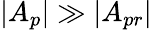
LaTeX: |A_{p}|\gg|A_{pr}|